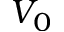
V _ { 0 }